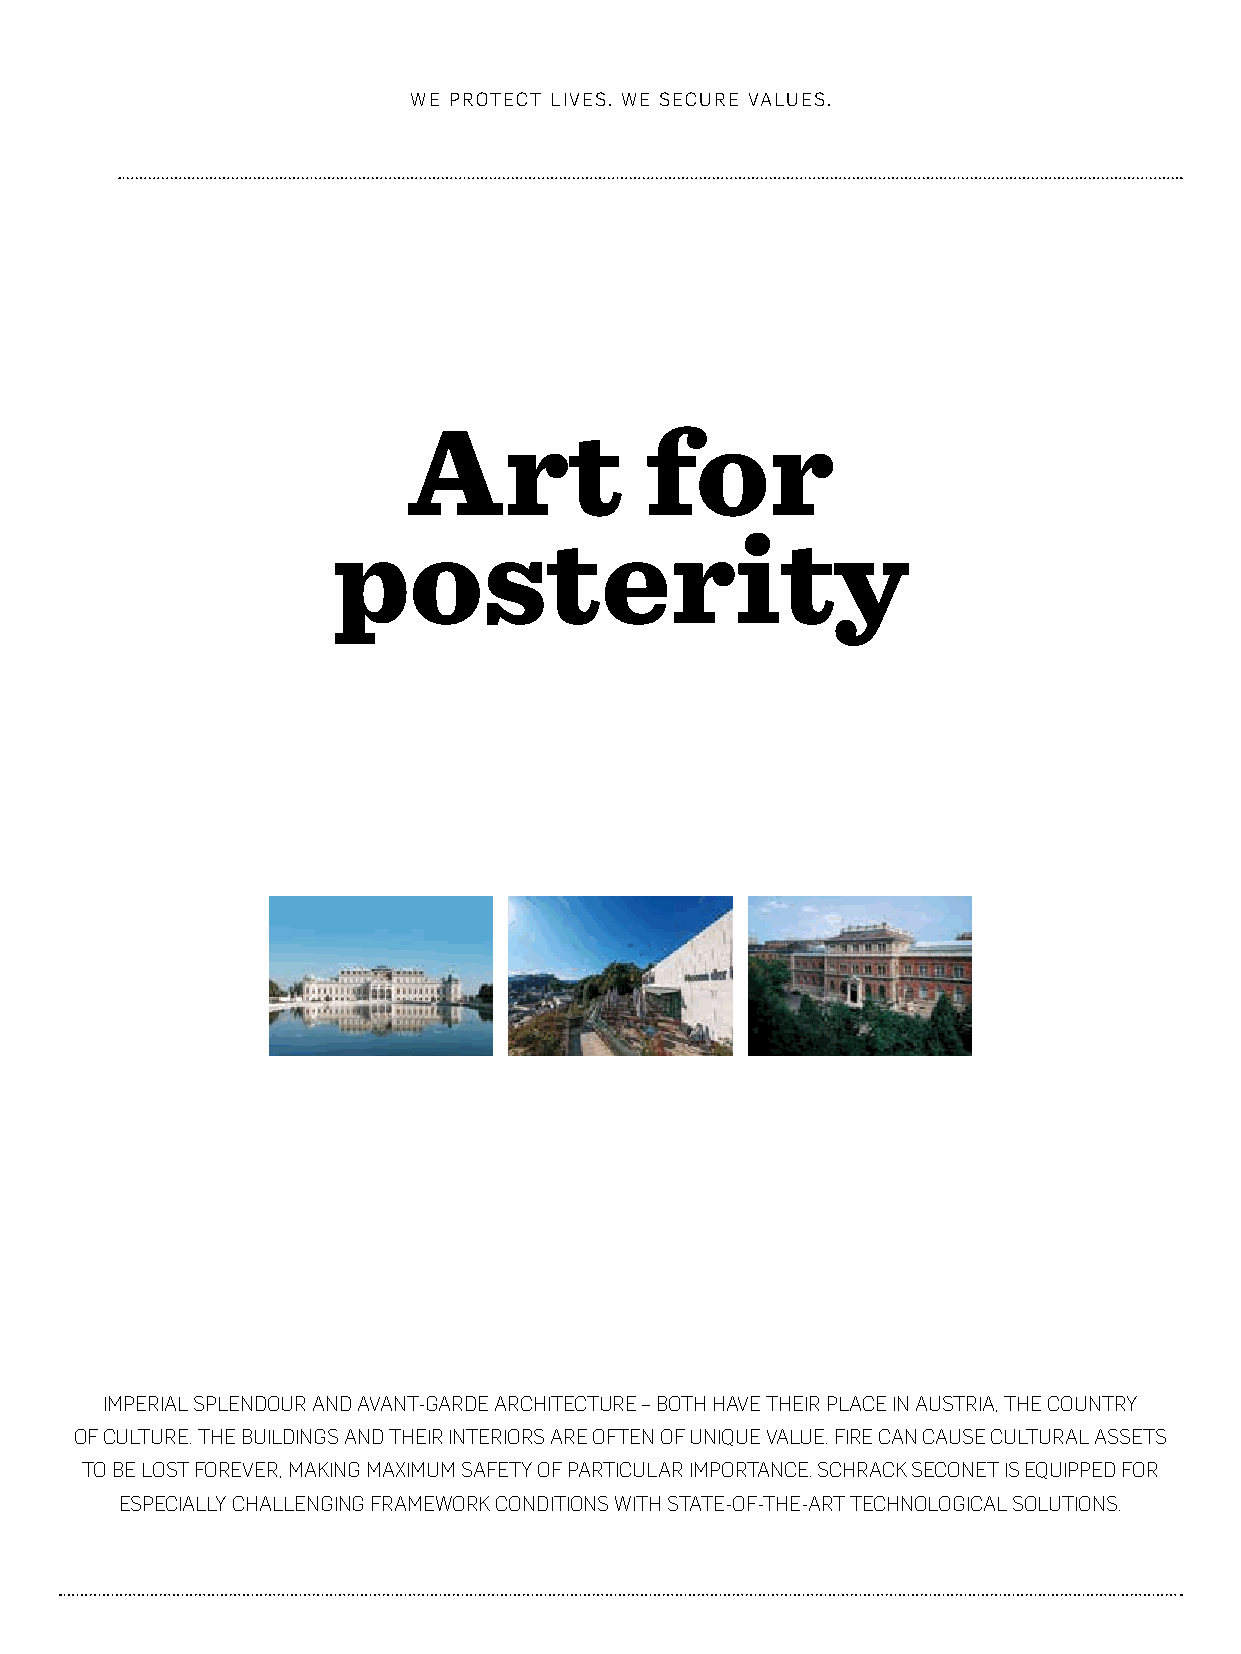
WE PROTECT LIVES. WE SECURE VALUES.
 Art             for
 posterity
 IMPERIAL SPLENDOUR AND AVANT-GARDE ARCHITECTURE – BOTH HAVE THEIR PLACE IN AUSTRIA, THE COUNTRY
 OF CULTURE. THE BUILDINGS AND THEIR INTERIORS ARE OFTEN OF UNIQUE VALUE. FIRE CAN CAUSE CULTURAL ASSETS
 TO BE LOST FOREVER, MAKING MAXIMUM SAFETY OF PARTICULAR IMPORTANCE. SCHRACK SECONET IS EQUIPPED FOR
 ESPECIALLY CHALLENGING FRAMEWORK CONDITIONS WITH STATE-OF-THE-ART TECHNOLOGICAL SOLUTIONS.